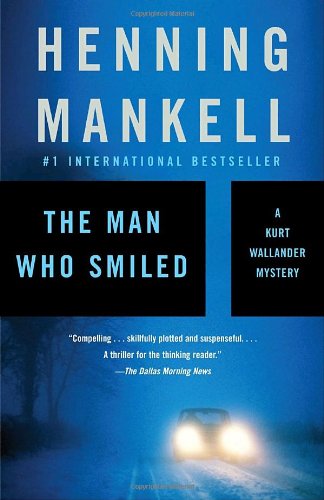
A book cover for The Man Who Smiled (Kurt Wallander Series); Henning Mankell; Mystery, Thriller & Suspense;